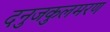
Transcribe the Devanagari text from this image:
दनुजकुलमरण